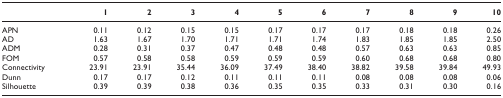
<table><thead><tr><td></td><td><b>1</b></td><td><b>2</b></td><td><b>3</b></td><td><b>4</b></td><td><b>5</b></td><td><b>6</b></td><td><b>7</b></td><td><b>8</b></td><td><b>9</b></td><td><b>10</b></td></tr></thead><tbody><tr><td>APN</td><td>0.11</td><td>0.12</td><td>0.15</td><td>0.15</td><td>0.17</td><td>0.17</td><td>0.17</td><td>0.18</td><td>0.18</td><td>0.26</td></tr><tr><td>AD</td><td>1.63</td><td>1.67</td><td>1.70</td><td>1.71</td><td>1.71</td><td>1.74</td><td>1.83</td><td>1.85</td><td>1.85</td><td>2.50</td></tr><tr><td>ADM</td><td>0.28</td><td>0.31</td><td>0.37</td><td>0.47</td><td>0.48</td><td>0.48</td><td>0.57</td><td>0.63</td><td>0.63</td><td>0.85</td></tr><tr><td>FOM</td><td>0.57</td><td>0.58</td><td>0.58</td><td>0.59</td><td>0.59</td><td>0.59</td><td>0.60</td><td>0.68</td><td>0.68</td><td>0.80</td></tr><tr><td>Connectivity</td><td>23.91</td><td>23.91</td><td>35.44</td><td>36.09</td><td>37.49</td><td>38.40</td><td>38.82</td><td>39.58</td><td>39.84</td><td>49.93</td></tr><tr><td>Dunn</td><td>0.17</td><td>0.17</td><td>0.12</td><td>0.11</td><td>0.11</td><td>0.11</td><td>0.08</td><td>0.08</td><td>0.08</td><td>0.06</td></tr><tr><td>Silhouette</td><td>0.39</td><td>0.39</td><td>0.38</td><td>0.36</td><td>0.35</td><td>0.35</td><td>0.33</td><td>0.31</td><td>0.30</td><td>0.16</td></tr></tbody></table>